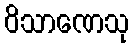
ဝိသာဏေသု